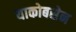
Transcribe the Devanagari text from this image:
याकोबसेन